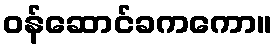
ဝန်ဆောင်ခကကော။